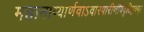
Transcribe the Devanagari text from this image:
महामाष्यार्णवाऽवारपारीणंविवृतिप्लवम्।